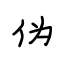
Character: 伪